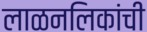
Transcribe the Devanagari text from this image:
लाळनलिकांची